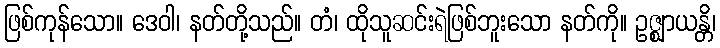
ဖြစ်ကုန်သော။ ဒေဝါ၊ နတ်တို့သည်။ တံ၊ ထိုသူဆင်းရဲဖြစ်ဘူးသော နတ်ကို။ ဥဇ္ဈာယန္တိ၊